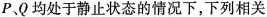
P，Q均处于静止状态的情况下，下列相关